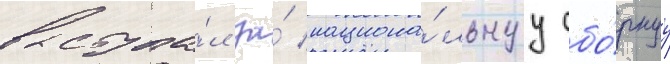
выступа́л за́ национа́льнуу сбо́рнуу